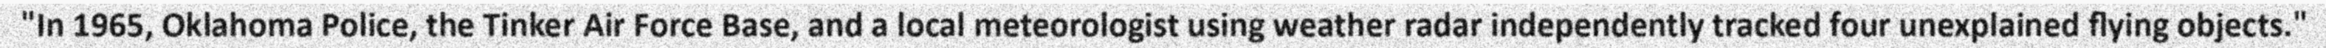
"In 1965, Oklahoma Police, the Tinker Air Force Base, and a local meteorologist using weather radar independently tracked four unexplained flying objects."